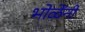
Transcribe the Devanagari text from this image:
भोळेंनी